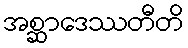
အစ္ဆာဒေဿတီတိ